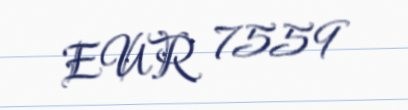
EUR 7559